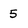
Character: 5